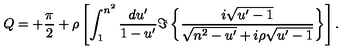
Q = + { \frac { \pi } { 2 } } + \rho \left[ \int _ { 1 } ^ { n ^ { 2 } } { \frac { d u ^ { \prime } } { 1 - u ^ { \prime } } } \Im \left\{ { \frac { i \sqrt { u ^ { \prime } - 1 } } { \sqrt { n ^ { 2 } - u ^ { \prime } } + i \rho \sqrt { u ^ { \prime } - 1 } } } \right\} \right] .